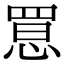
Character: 𢝮